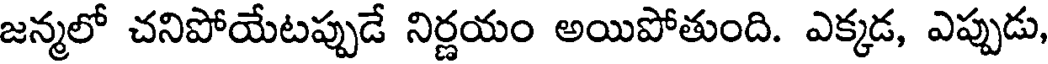
జన్మలో చనిపోయేటప్పుడే నిర్ణయం అయిపోతుంది. ఎక్కడ, ఎప్పుడు,